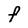
Character: F